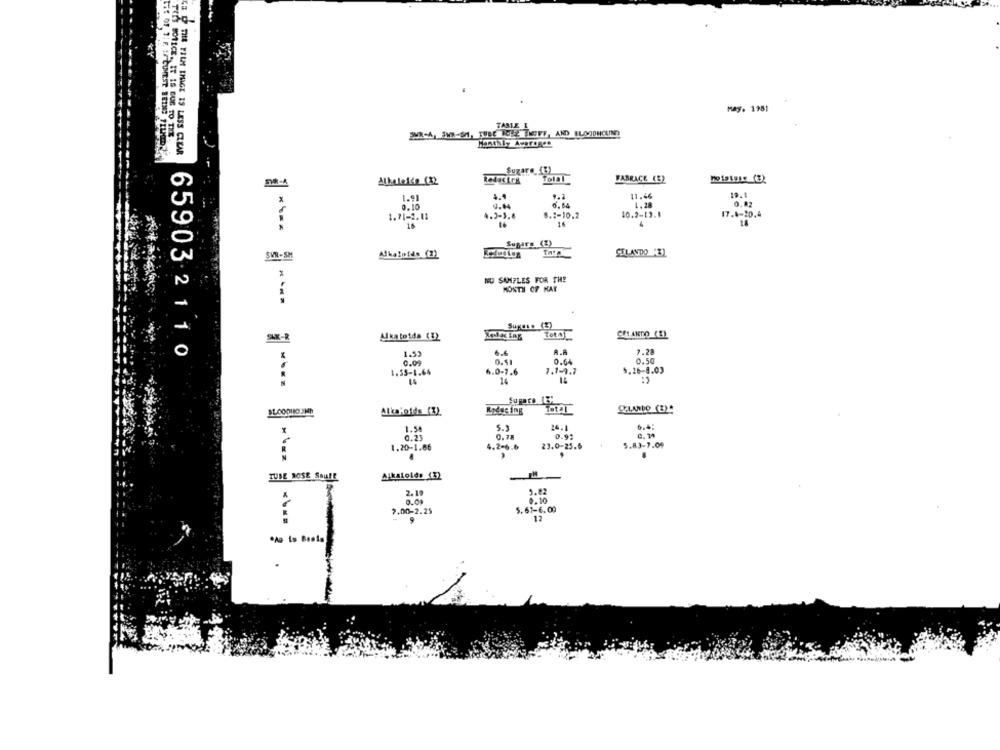
May. 1981
TASTE I
THE OF ]: F. IF CUNEST BEING FILME
-ASWH-S, TUBE RULE THEETT, AND BLOODNCEIND
TINS WORICE. IT IS DUE TO THE.
CE O TIE FILM IMAGE IS LESS CLEAR
Sugare (3)
Alkalelde (32
FABRACE (B2
4.4
9.2
11.44
19.1
0.02
0.10
0.64
0.64
1.28
1.71-2.11
4.2-5.4
8.2-10.2
10.2-[3.1
17.4-20.4
16
14
16
SuBarg(
Alkaloids (2)
CTLANDO E)
SVR-SM
NU SAMPLES FOR THE
MONTH OF KAF
Suxess (2)
AR-R
Alkatotda (3)
CHIANTO (E)
65903-2110
1.53
6.6
7.28
0.00
0.51
0.64
0.50
1.55-1.64
6.0-7.6
1.1-9.1
5.26-8.03
14
SLOODINO JAN
Alka'nids (3).
1.54
5.3
24.1
0.23
0.78
0.9:
1.20-1.66
4.2-6.6
23.0-25.6
5.83-7.04
TUBE ROSE SOUPE
Alkatolds (3)
2.19
1.82
0.10
2.00-2.25
5.67-6.00
12